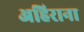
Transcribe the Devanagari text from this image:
अहिराना